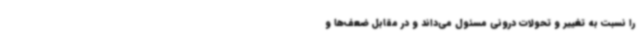
را نسبت به تغییر و تحولات درونی مسئول می‌داند و در مقابل ضعف‌ها و